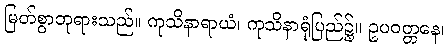
မြတ်စွာဘုရားသည်။ ကုသိနာရာယံ၊ ကုသိနာရုံပြည်၌။ ဥပဝတ္တနေ၊